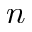
n